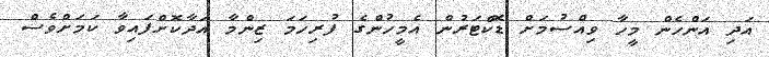
އަދި އަންހެން މީހާ ވިއްސުމަށް ޑޮކްޓަރުން އެމީހުންގެ ފުރިހަމަ ޒިންމާ އަދާކޮށްފައިވާ ކަމަށްވެސް